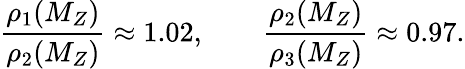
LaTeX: \frac{\rho_{1}(M_{Z})}{\rho_{2}(M_{Z})}\approx 1.02,\qquad\frac{\rho_{2}(M_{Z})}{\rho_{3}(M_{Z})}\approx 0.97.